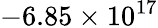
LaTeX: -6.85\times 10^{17}